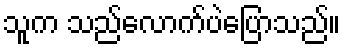
သူက သည်လောက်ပဲပြောသည်။